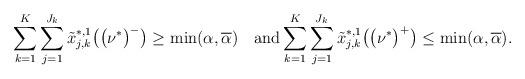
LaTeX: \begin{align*} \sum_{k=1}^K\sum_{j=1}^{J_k} \tilde x^{*,1}_{j,k}\bigl(\bigl(\nu^*\bigr)^-\bigr) \geq \min (\alpha, \overline\alpha) \quad\mbox{and}\sum_{k=1}^K\sum_{j=1}^{J_k} \tilde x^{*,1}_{j,k}\bigl(\bigl(\nu^*\bigr)^+\bigr) \leq\min(\alpha, \overline\alpha).\end{align*}